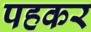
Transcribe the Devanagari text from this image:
पहकर